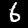
Label: 6